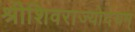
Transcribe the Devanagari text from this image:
श्रीशिवराज्योदयम्